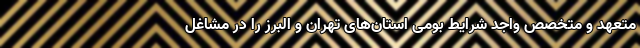
متعهد و متخصص واجد شرایط بومی استان‌های تهران و البرز را در مشاغل